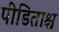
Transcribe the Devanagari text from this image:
पीडिताश्च